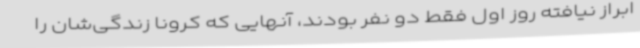
ابراز نیافته روز اول فقط دو نفر بودند، آنهایی که کرونا زندگی‌شان را